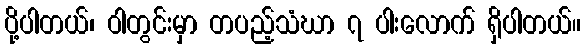
ပို့ပါတယ်၊ ဝါတွင်းမှာ တပည့်သံဃာ ၇ ပါးလောက် ရှိပါတယ်။